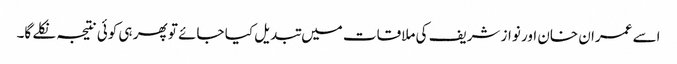
اسے عمران خان اور نواز شریف کی ملاقات میں تبدیل کیا جائے تو پھر ہی کوئی نتیجہ نکلے گا۔